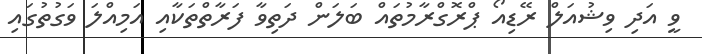
ވީ އަދި ވިޝުއަލް ރޭޑިއޯ ޕްރޮގްރާމުތައް ބަލަން ދަތިވާ ފަރާތްތަކާއި އަމިއްލަ ވަގުތުގައި